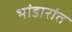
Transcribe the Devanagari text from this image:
भांडारांत